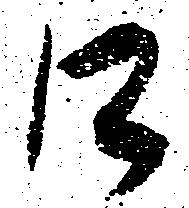
口